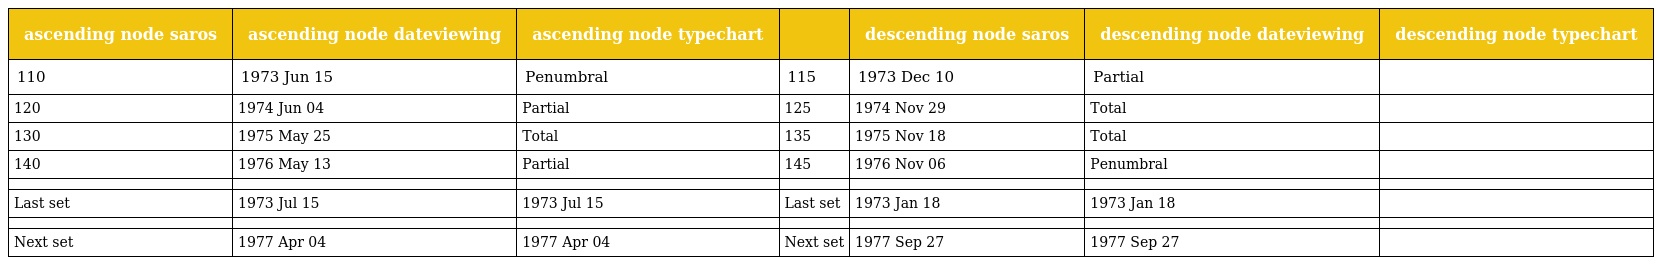
| ascending node saros | ascending node dateviewing | ascending node typechart |  | descending node saros | descending node dateviewing | descending node typechart |
 | --- | --- | --- | --- | --- | --- | --- |
 | 110 | 1973 Jun 15 | Penumbral | 115 | 1973 Dec 10 | Partial |  |
 | 120 | 1974 Jun 04 | Partial | 125 | 1974 Nov 29 | Total |  |
 | 130 | 1975 May 25 | Total | 135 | 1975 Nov 18 | Total |  |
 | 140 | 1976 May 13 | Partial | 145 | 1976 Nov 06 | Penumbral |  |
 |  |  |  |  |  |  |  |
 | Last set | 1973 Jul 15 | 1973 Jul 15 | Last set | 1973 Jan 18 | 1973 Jan 18 |  |
 |  |  |  |  |  |  |  |
 | Next set | 1977 Apr 04 | 1977 Apr 04 | Next set | 1977 Sep 27 | 1977 Sep 27 |  |